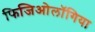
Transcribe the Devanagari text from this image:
फिजिओलॉगिया